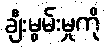
ချီးမွမ်းမှုကို